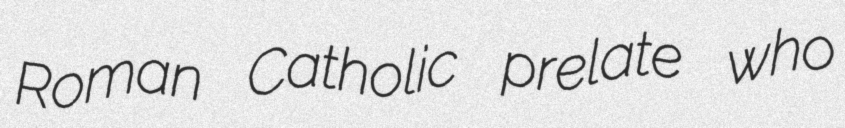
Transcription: Roman Catholic prelate who